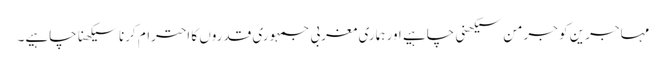
مہاجرین کو جرمن سیکھنی چاہیے اور ہماری مغربی جمہوری قدروں کا احترام کرنا سیکھنا چاہیے۔